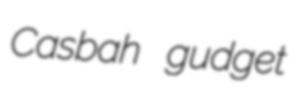
Casbah gudget